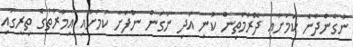
ނުގެންދާނެ ކަމަށާއި ދޮރުމަތިން ކުނި އަދި ނަގަން ނުފަށާ ކަމަށާއި އިމާރާތުގެ ތިރީގައި